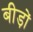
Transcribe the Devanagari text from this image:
बीड़ों